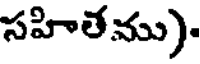
సహితము).